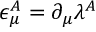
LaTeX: \epsilon _ { \mu } ^ { A } = \partial _ { \mu } \lambda ^ { A }